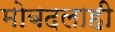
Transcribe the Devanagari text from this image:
मोबदलाही